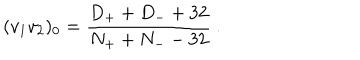
( v _ { 1 } v _ { 2 } ) _ { { 0 } } = \frac { D _ { + } + D _ { - } + 3 2 } { N _ { + } + N _ { - } - 3 2 } \ .